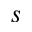
s